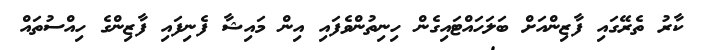
ކާރު ތެރޭގައި ފާޒިންއަށް ބަލަހައްޓައިގެން ހިނިތުންވެފައި އިން މައިޝާ ފެނިފައި ފާޒިންގެ ހިއްސުތައް